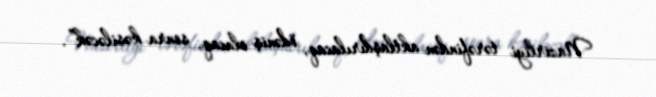
Nazirliyi tərəfindən aktlaşdırılacaq, ödəniş olacaq, sonra kəsiləcək”.